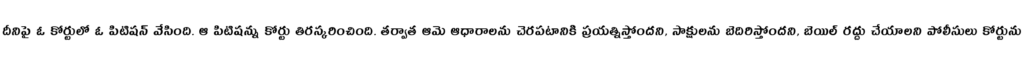
దీనిపై ఓ కోర్టులో ఓ పిటిషన్ వేసింది. ఆ పిటిషన్ను కోర్టు తిరస్కరించింది. తర్వాత ఆమె ఆధారాలను చెరపటానికి ప్రయత్నిస్తోందని, సాక్షులను బెదిరిస్తోందని, బెయిల్ రద్దు చేయాలని పోలీసులు కోర్టును